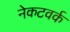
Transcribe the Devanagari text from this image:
नेकटवर्क